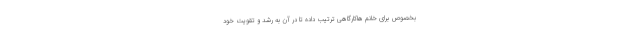
بخصوص برای خانم ‌هاکارگاهی ترتیب داده تا در آن به رشد و تقویت خود